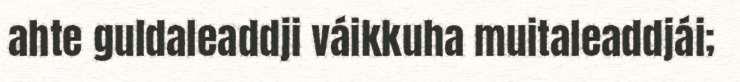
ahte guldaleaddji váikkuha muitaleaddjái;